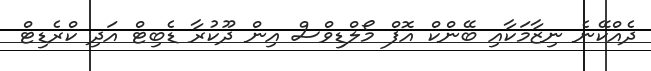
ދެއްކޭނެ ނިޒާމަކާއި ބޭންކް އޮފް މޯލްޑިވްސް އިން ދޫކުރާ ޑެބިޓް އަދި ކްރެޑިޓް